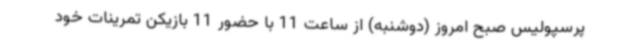
پرسپولیس صبح امروز (دوشنبه) از ساعت 11 با حضور 11 بازیکن تمرینات خود